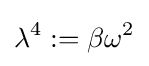
\lambda ^{4}:=\beta \omega ^{2}